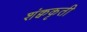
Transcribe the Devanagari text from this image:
शंक्वकृती